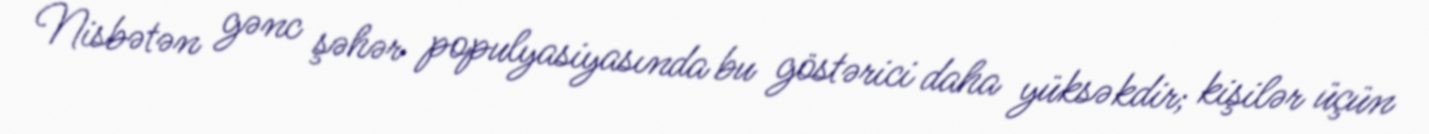
Nisbətən gənc şəhər populyasiyasında bu göstərici daha yüksəkdir; kişilər üçün